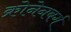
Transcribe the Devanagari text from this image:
क्रोनेनबर्ग